Account of plague administration in the Bombay Presidency from September 1896 till May 1897
Year: 1896
Disease focus: Plague
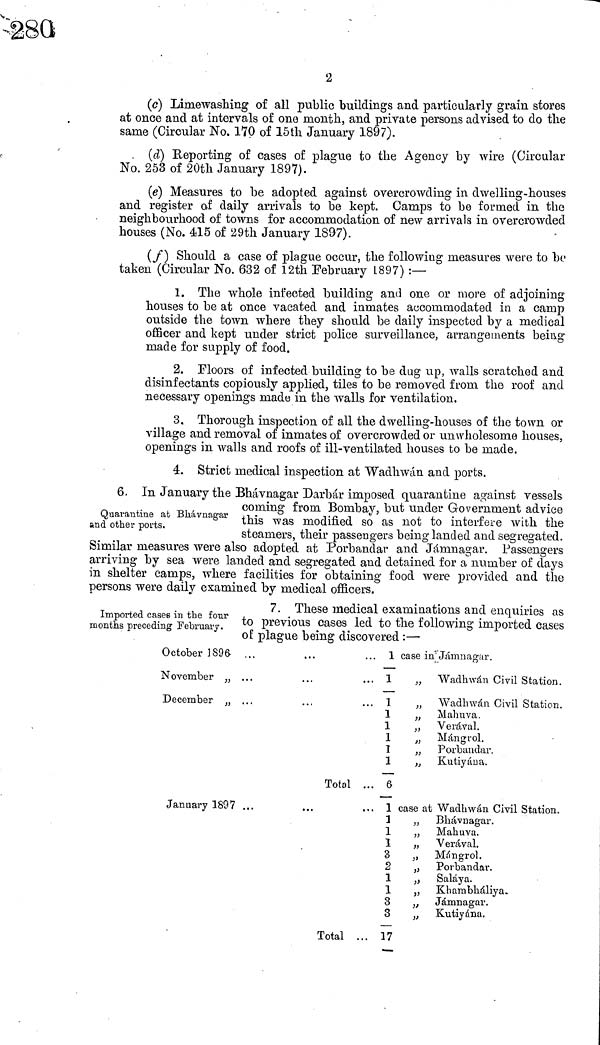
2
(c) Limewasbing of all public buildings and particularly grain stores
at once and at intervals of one month, and private persons advised to do the
same (Circular No. 170 of 15th January 1897).
(d) Reporting of cases of plague to the Agency by wire (Circular
No. 253 of 20th January 1897).
(e) Measures to be adopted against overcrowding in dwelling-houses
and register of daily arrivals to be kept. Camps to be formed in the
neighbourhood of towns for accommodation of new arrivals in overcrowded
houses (No. 415 of 29th January 1897).
(f) Should a case of plague occur, the following measures were to be
taken (Circular No. 632 of 12th February 1897) :—
1. The whole infected building and one or more of adjoining
houses to be at once vacated and inmates accommodated in a camp
outside the town where they should be daily inspected by a medical
officer and kept under strict police surveillance, arrangements being
made for supply of food.
2. Floors of infected building to be dug up, walls scratched and
disinfectants copiously applied, tiles to be removed from the roof and
necessary openings made in the walls for ventilation.
3. Thorough inspection of all the dwelling-houses of the town or
village and removal of inmates of overcrowded or unwholesome houses,
openings in walls and roofs of ill-ventilated houses to be made.
4. Strict medical inspection at "Wadhwán and ports,
Quarantine at Bhávnagar
and other ports.
6. In January the Bhávnagar Darbár imposed quarantine against vessels
coming from Bombay, but under Government advice
this was modified so as not to interfere with the
steamers, their passengers being landed and segregated.
Similar measures were also adopted at Porbandar and Jámnagar. Passengers
arriving by sea were landed and segregated and detained for a number of days
in shelter camps, where facilities for obtaining food were provided and the
persons were daily examined by medical officers.
Imported cases in the four
months preceding February.
7. These medical examinations and enquiries as
to previous cases led to the following imported cases
of plague being discovered :—
October 1896 ...
November ,, ...
December ,, ...
January 1897 ...
... 1
... 1
... 1
1
1
1
I
1
Total ... 6
... 1
1
1
1
3
2
1
1
3
3
Total ... 17
case in
,,
,,
,,
,,
,,
,,
case at
))
,,
,,
»
3)
))
,,
,,
)>
Jámnagar.
Wadhwán Civil Station.
Wadhván Civil Station.
Mahuva.
Verával.
Mángrol.
Porbandar.
Kutiyáua.
Wadhwán Civil Station.
Bhávnagar.
Mahuva.
Yerával.
Mángrol.
Porbandar.
Saláya.
Khambháliya.
Jámnagar.
Kutiyána.